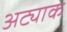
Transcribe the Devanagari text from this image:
अट्याक